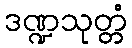
ဒဏ္ဍသုတ္တံ